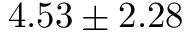
4 . 5 3 \pm 2 . 2 8